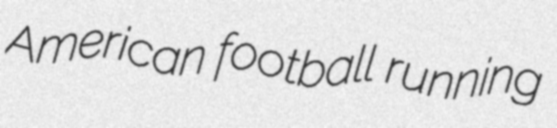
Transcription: American football running